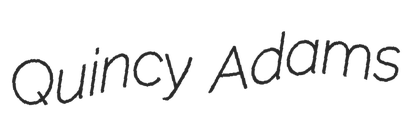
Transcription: Quincy Adams